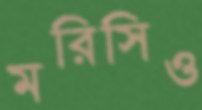
মরিসিও